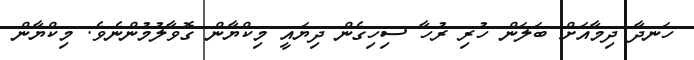
ހަނދާ ދިމާއަށް ބަލަން ހުރި ރުހާ ސިހިގެން ދިޔައީ މިކްޔާން ގޮވާލުމުންނެވެ. މިކްޔާން